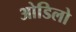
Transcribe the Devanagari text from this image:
ओडिलो